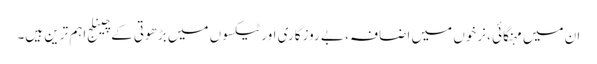
ان میں مہنگائی ، نرخوں میں اضافہ ، بے روزگاری اور ٹیکسوں میں بڑھوتی کے چینلج اہم ترین ہیں۔